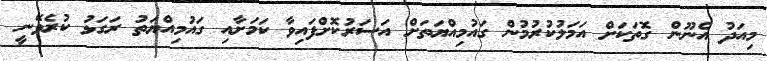
މިއަދު އެނޫން ގޮތަކަށް އަމަލުކުރުމުން ގައުމިއްޔަތަށް އަސަރުކޮށްފައިވާ ކަމަށާއި ގައުމިއްޔަތު ރަގަޅު ކުރެވޭނީ